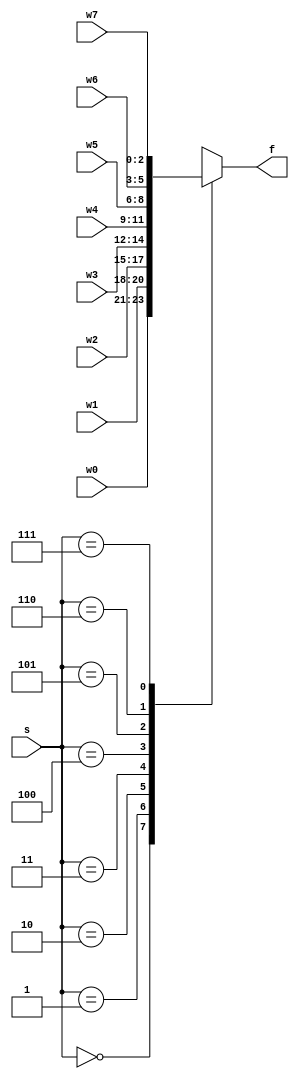
`timescale 1ns / 1ps
//////////////////////////////////////////////////////////////////////////////////
// Company: 
// Engineer: 
// 
// Design Name: 
// Module Name: mux_8x1_nbit
// Project Name: 
// Target Devices: 
// Tool Versions: 
// Description: 
// 
// Dependencies: 
// 
// Revision:
// Revision 0.01 - File Created
// Additional Comments:
// 
//////////////////////////////////////////////////////////////////////////////////


module mux_8x1_nbit
    #(parameter N = 3)(
    input [N - 1:0]w0, w1, w2, w3, w4, w5, w6, w7,
    input [2:0] s,
    output reg [N - 1:0] f
    );
    
    always @(w0, w1, w2, w3, w4, w5, w6, w7, s)
    begin
        // default values
        f = 'bx;                 
        case(s)
            3'b000: f = w0;                
            3'b001: f = w1;
            3'b010: f = w2;
            3'b011: f = w3;
            3'b100: f = w4;
            3'b101: f = w5;
            3'b110: f = w6;
            3'b111: f = w7;
            default: f = 'bx;
        endcase              
    end
endmodule